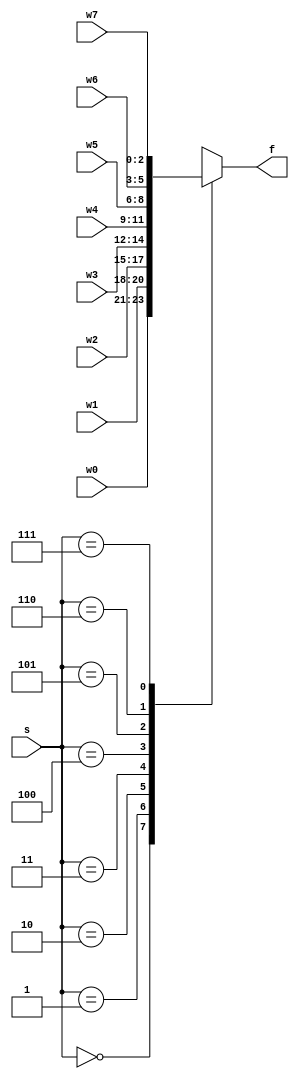
`timescale 1ns / 1ps
//////////////////////////////////////////////////////////////////////////////////
// Company: 
// Engineer: 
// 
// Design Name: 
// Module Name: mux_8x1_nbit
// Project Name: 
// Target Devices: 
// Tool Versions: 
// Description: 
// 
// Dependencies: 
// 
// Revision:
// Revision 0.01 - File Created
// Additional Comments:
// 
//////////////////////////////////////////////////////////////////////////////////


module mux_8x1_nbit
    #(parameter N = 3)(
    input [N - 1:0]w0, w1, w2, w3, w4, w5, w6, w7,
    input [2:0] s,
    output reg [N - 1:0] f
    );
    
    always @(w0, w1, w2, w3, w4, w5, w6, w7, s)
    begin
        // default values
        f = 'bx;                 
        case(s)
            3'b000: f = w0;                
            3'b001: f = w1;
            3'b010: f = w2;
            3'b011: f = w3;
            3'b100: f = w4;
            3'b101: f = w5;
            3'b110: f = w6;
            3'b111: f = w7;
            default: f = 'bx;
        endcase              
    end
endmodule